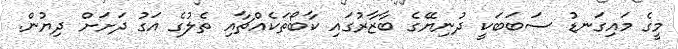
މީގެ މައިގަނޑު ސަބަބަކީ ދުނިޔޭގެ ބާޒާރުގައި ކާބޯތަކެއްޗާއި ތެލުގެ އަގު ދަށަށް ދިޔުން.